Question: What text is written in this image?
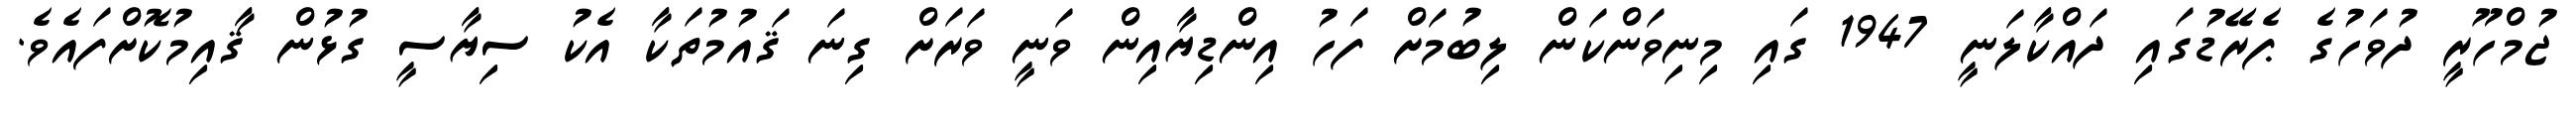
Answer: ޖުމްހޫރީ ދުވަހުގެ ޕެރޭޑުގައި ދައްކާލަނީ 1947 ގައި މިނިވަންކަން ލިބުމަށް ފަހު އިންޑިޔާއިން ވަނީ ވަރަށް ގިނަ ޤައުމުތަކާ އެކު ސިޔާސީ ގުޅުން ޤާއިމުކޮށްފައެވެ.